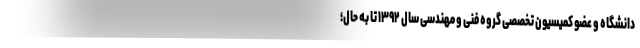
دانشگاه و عضو کمیسیون تخصصی گروه فنی و مهندسی سال ۱۳۹۲ تا به حال؛